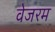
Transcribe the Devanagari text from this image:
वेजरम